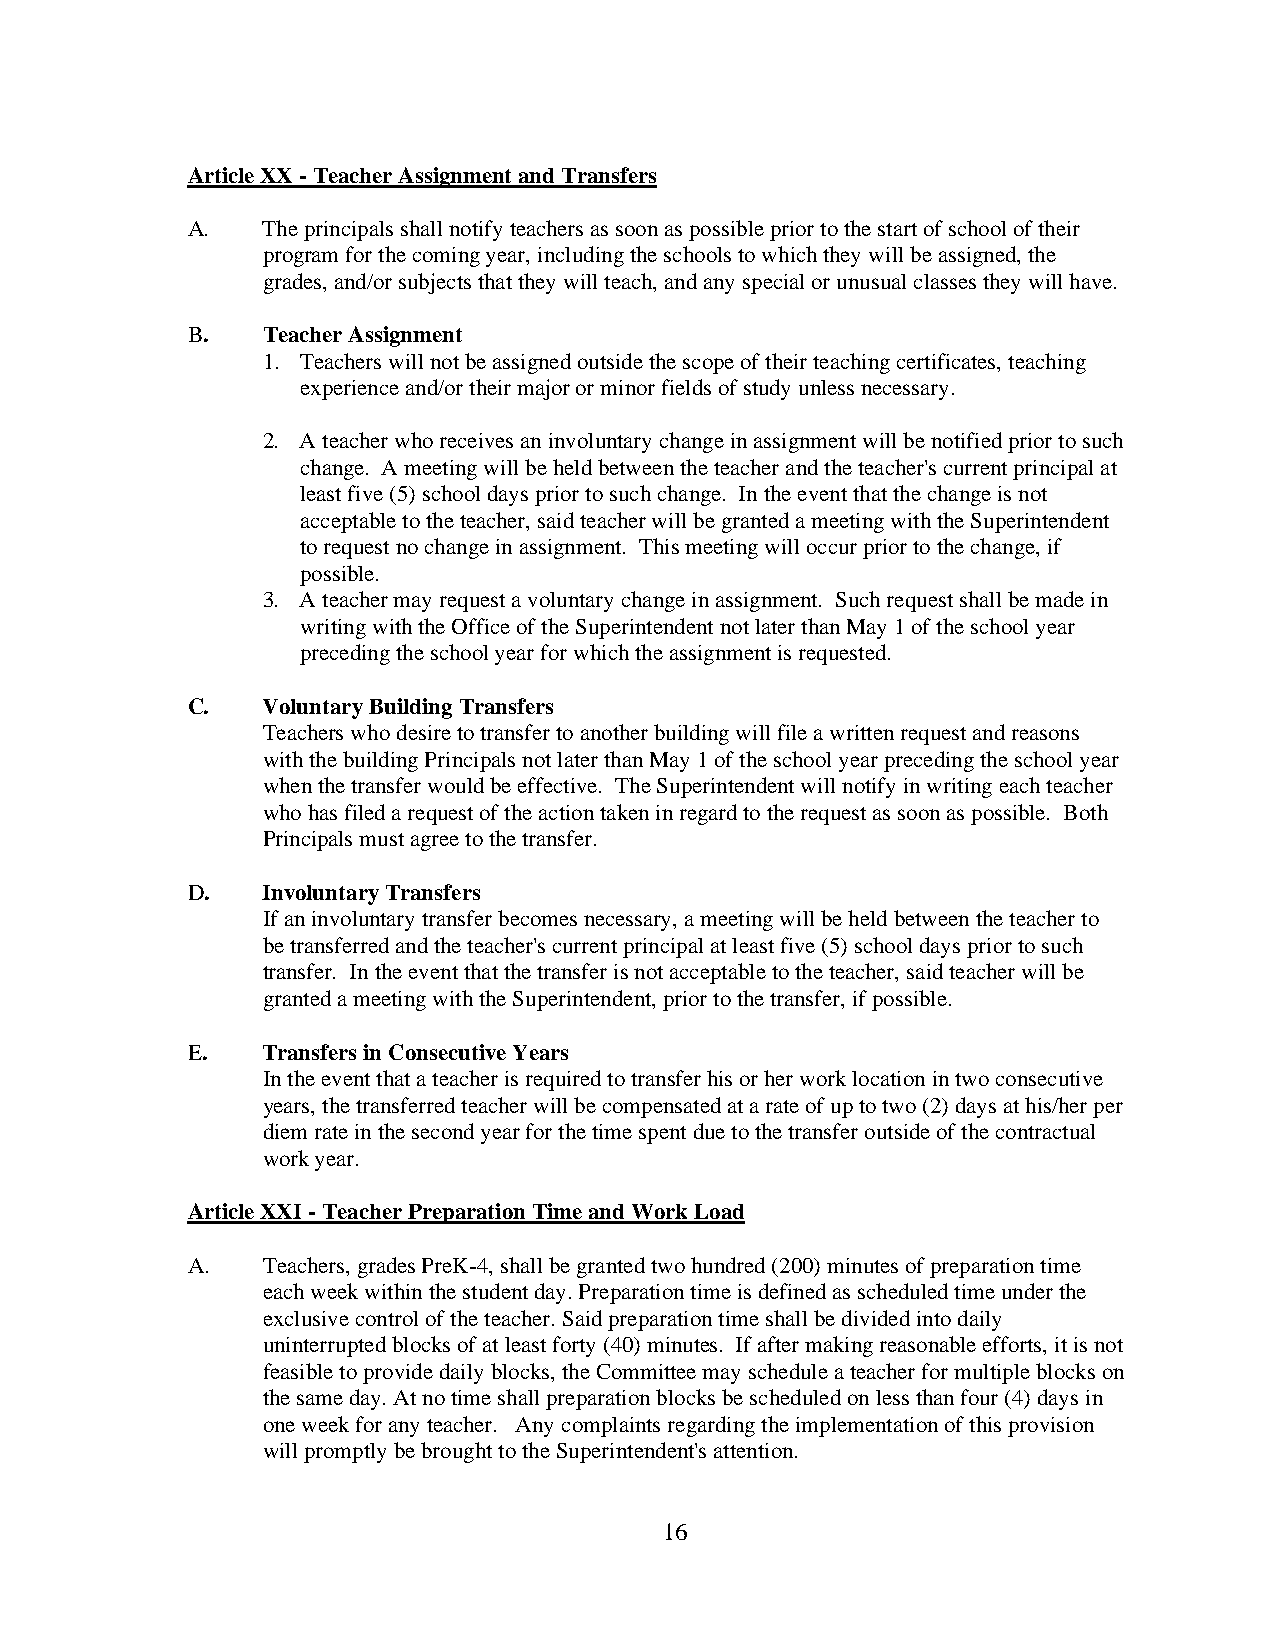
Article XX - Teacher Assignment and Transfers
 A.   The principals shall notify teachers as soon as possible prior to the start of school of their
 program for the coming year, including the schools to which they will be assigned, the
 grades, and/or subjects that they will teach, and any special or unusual classes they will have.
 B.   Teacher Assignment
 1. Teachers will not be assigned outside the scope of their teaching certificates, teaching
 experience and/or their major or minor fields of study unless necessary.
 2. A teacher who receives an involuntary change in assignment will be notified prior to such
 change. A meeting will be held between the teacher and the teacher's current principal at
 least five (5) school days prior to such change. In the event that the change is not
 acceptable to the teacher, said teacher will be granted a meeting with the Superintendent
 to request no change in assignment. This meeting will occur prior to the change, if
 possible.
 3. A teacher may request a voluntary change in assignment. Such request shall be made in
 writing with the Office of the Superintendent not later than May 1 of the school year
 preceding the school year for which the assignment is requested.
 C.   Voluntary Building Transfers
 Teachers who desire to transfer to another building will file a written request and reasons
 with the building Principals not later than May 1 of the school year preceding the school year
 when the transfer would be effective. The Superintendent will notify in writing each teacher
 who has filed a request of the action taken in regard to the request as soon as possible. Both
 Principals must agree to the transfer.
 D.   Involuntary Transfers
 If an involuntary transfer becomes necessary, a meeting will be held between the teacher to
 be transferred and the teacher's current principal at least five (5) school days prior to such
 transfer. In the event that the transfer is not acceptable to the teacher, said teacher will be
 granted a meeting with the Superintendent, prior to the transfer, if possible.
 E.   Transfers in Consecutive Years
 In the event that a teacher is required to transfer his or her work location in two consecutive
 years, the transferred teacher will be compensated at a rate of up to two (2) days at his/her per
 diem rate in the second year for the time spent due to the transfer outside of the contractual
 work year.
 Article XXI - Teacher Preparation Time and Work Load
 A.   Teachers, grades PreK-4, shall be granted two hundred (200) minutes of preparation time
 each week within the student day. Preparation time is defined as scheduled time under the
 exclusive control of the teacher. Said preparation time shall be divided into daily
 uninterrupted blocks of at least forty (40) minutes. If after making reasonable efforts, it is not
 feasible to provide daily blocks, the Committee may schedule a teacher for multiple blocks on
 the same day. At no time shall preparation blocks be scheduled on less than four (4) days in
 one week for any teacher. Any complaints regarding the implementation of this provision
 will promptly be brought to the Superintendent's attention.
 16